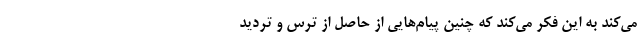
می‌کند به این فکر می‌کند که چنین پیام‌هایی از حاصل از ترس و تردید